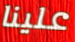
علينا